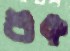
শুক